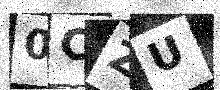
Text: 0CZU